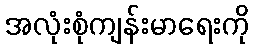
အလုံးစုံကျန်းမာရေးကို